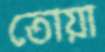
তোয়া